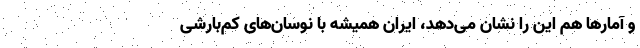
و آمارها هم این را نشان می‌دهد، ایران همیشه با نوسان‌های کم‌بارشی